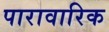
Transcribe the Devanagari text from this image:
पारावारिक